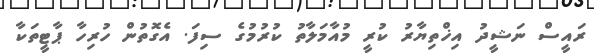
ރައީސް ނަޝީދު އިޚްތިޔާރު ކުރީ މުއާމަލާތު ކުރުމުގެ ސިފަ. އެގޮތުން ހުރިހާ ޕާޓީތަކާ